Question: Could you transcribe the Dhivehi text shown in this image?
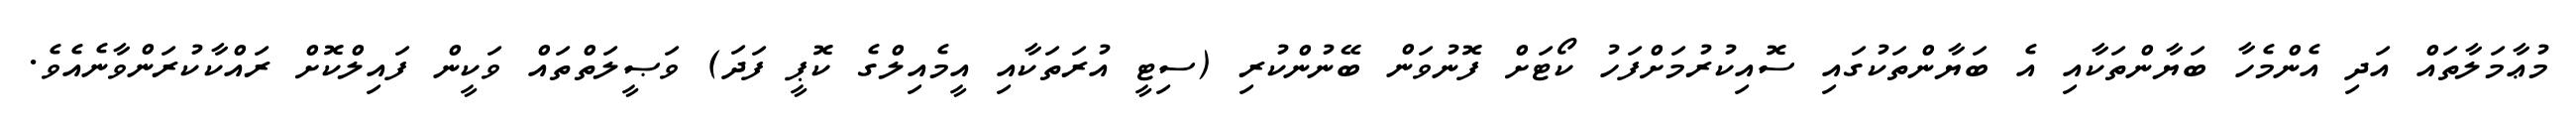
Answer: މުޢާމަލާތައް އަދި އެންމެހާ ބަޔާންތަކާއި އެ ބަޔާންތަކުގައި ސޮއިކުރުމަށްފަހު ކޯޓަށް ފޮނުވަން ބޭނުންކުރި (ސިޓީ އުރަތަކާއި އީމެއިލްގެ ކޮޕީ ފަދަ) ވަޞީލަތްތައް ވަކީން ފައިލްކޮށް ރައްކާކުރަންވާނެއެވެ.